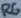
Text: R6